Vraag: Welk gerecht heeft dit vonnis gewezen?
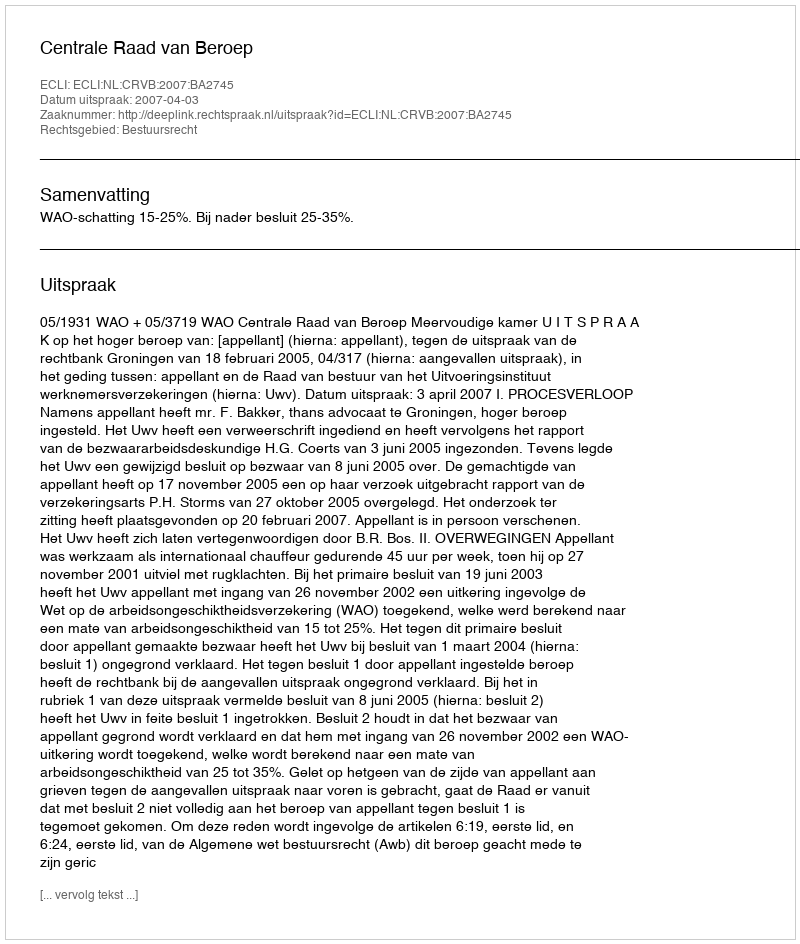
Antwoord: Centrale Raad van Beroep